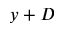
y + D